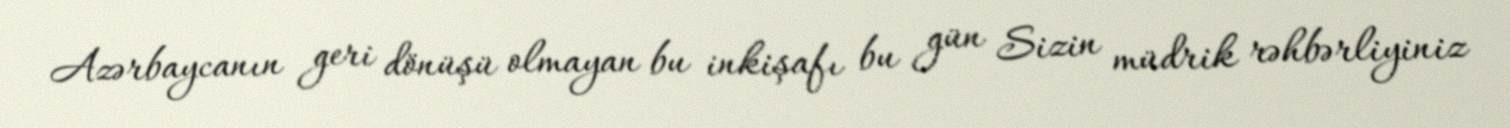
Azərbaycanın geri dönüşü olmayan bu inkişafı bu gün Sizin müdrik rəhbərliyiniz